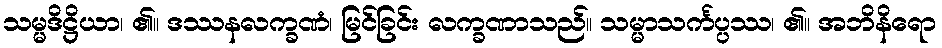
သမ္မဒိဋ္ဌိယာ၊ ၏။ ဒဿနလက္ခဏံ၊ မြင်ခြင်း လက္ခဏာသည်။ သမ္မာသင်္ကပ္ပဿ၊ ၏။ အဘိနိရော